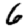
Digit: 6